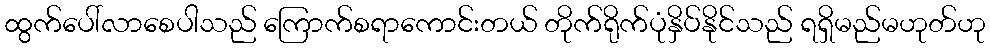
ထွက်ပေါ်လာစေပါသည် ကြောက်စရာကောင်းတယ် တိုက်ရိုက်ပုံနှိပ်နိုင်သည် ရရှိမည်မဟုတ်ဟု